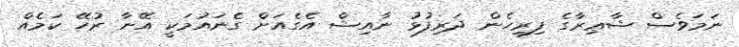
ނަމަވެސް ޝާޢިރާގެ ފިރިހެން ދަރިފުޅު ނާއިޝް އެގެއަށް ގެނައުމަކީ އޭނާ ރުހޭ ކަމެއް